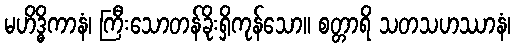
မဟိဒ္ဓိကာနံ၊ ကြီးသောတန်ခိုးရှိကုန်သော။ စတ္တာရိ သတသဟဿာနံ၊